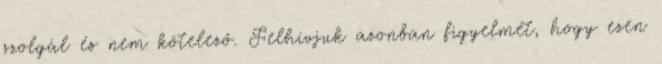
szolgál és nem kötelező. Felhívjuk azonban figyelmét, hogy ezen